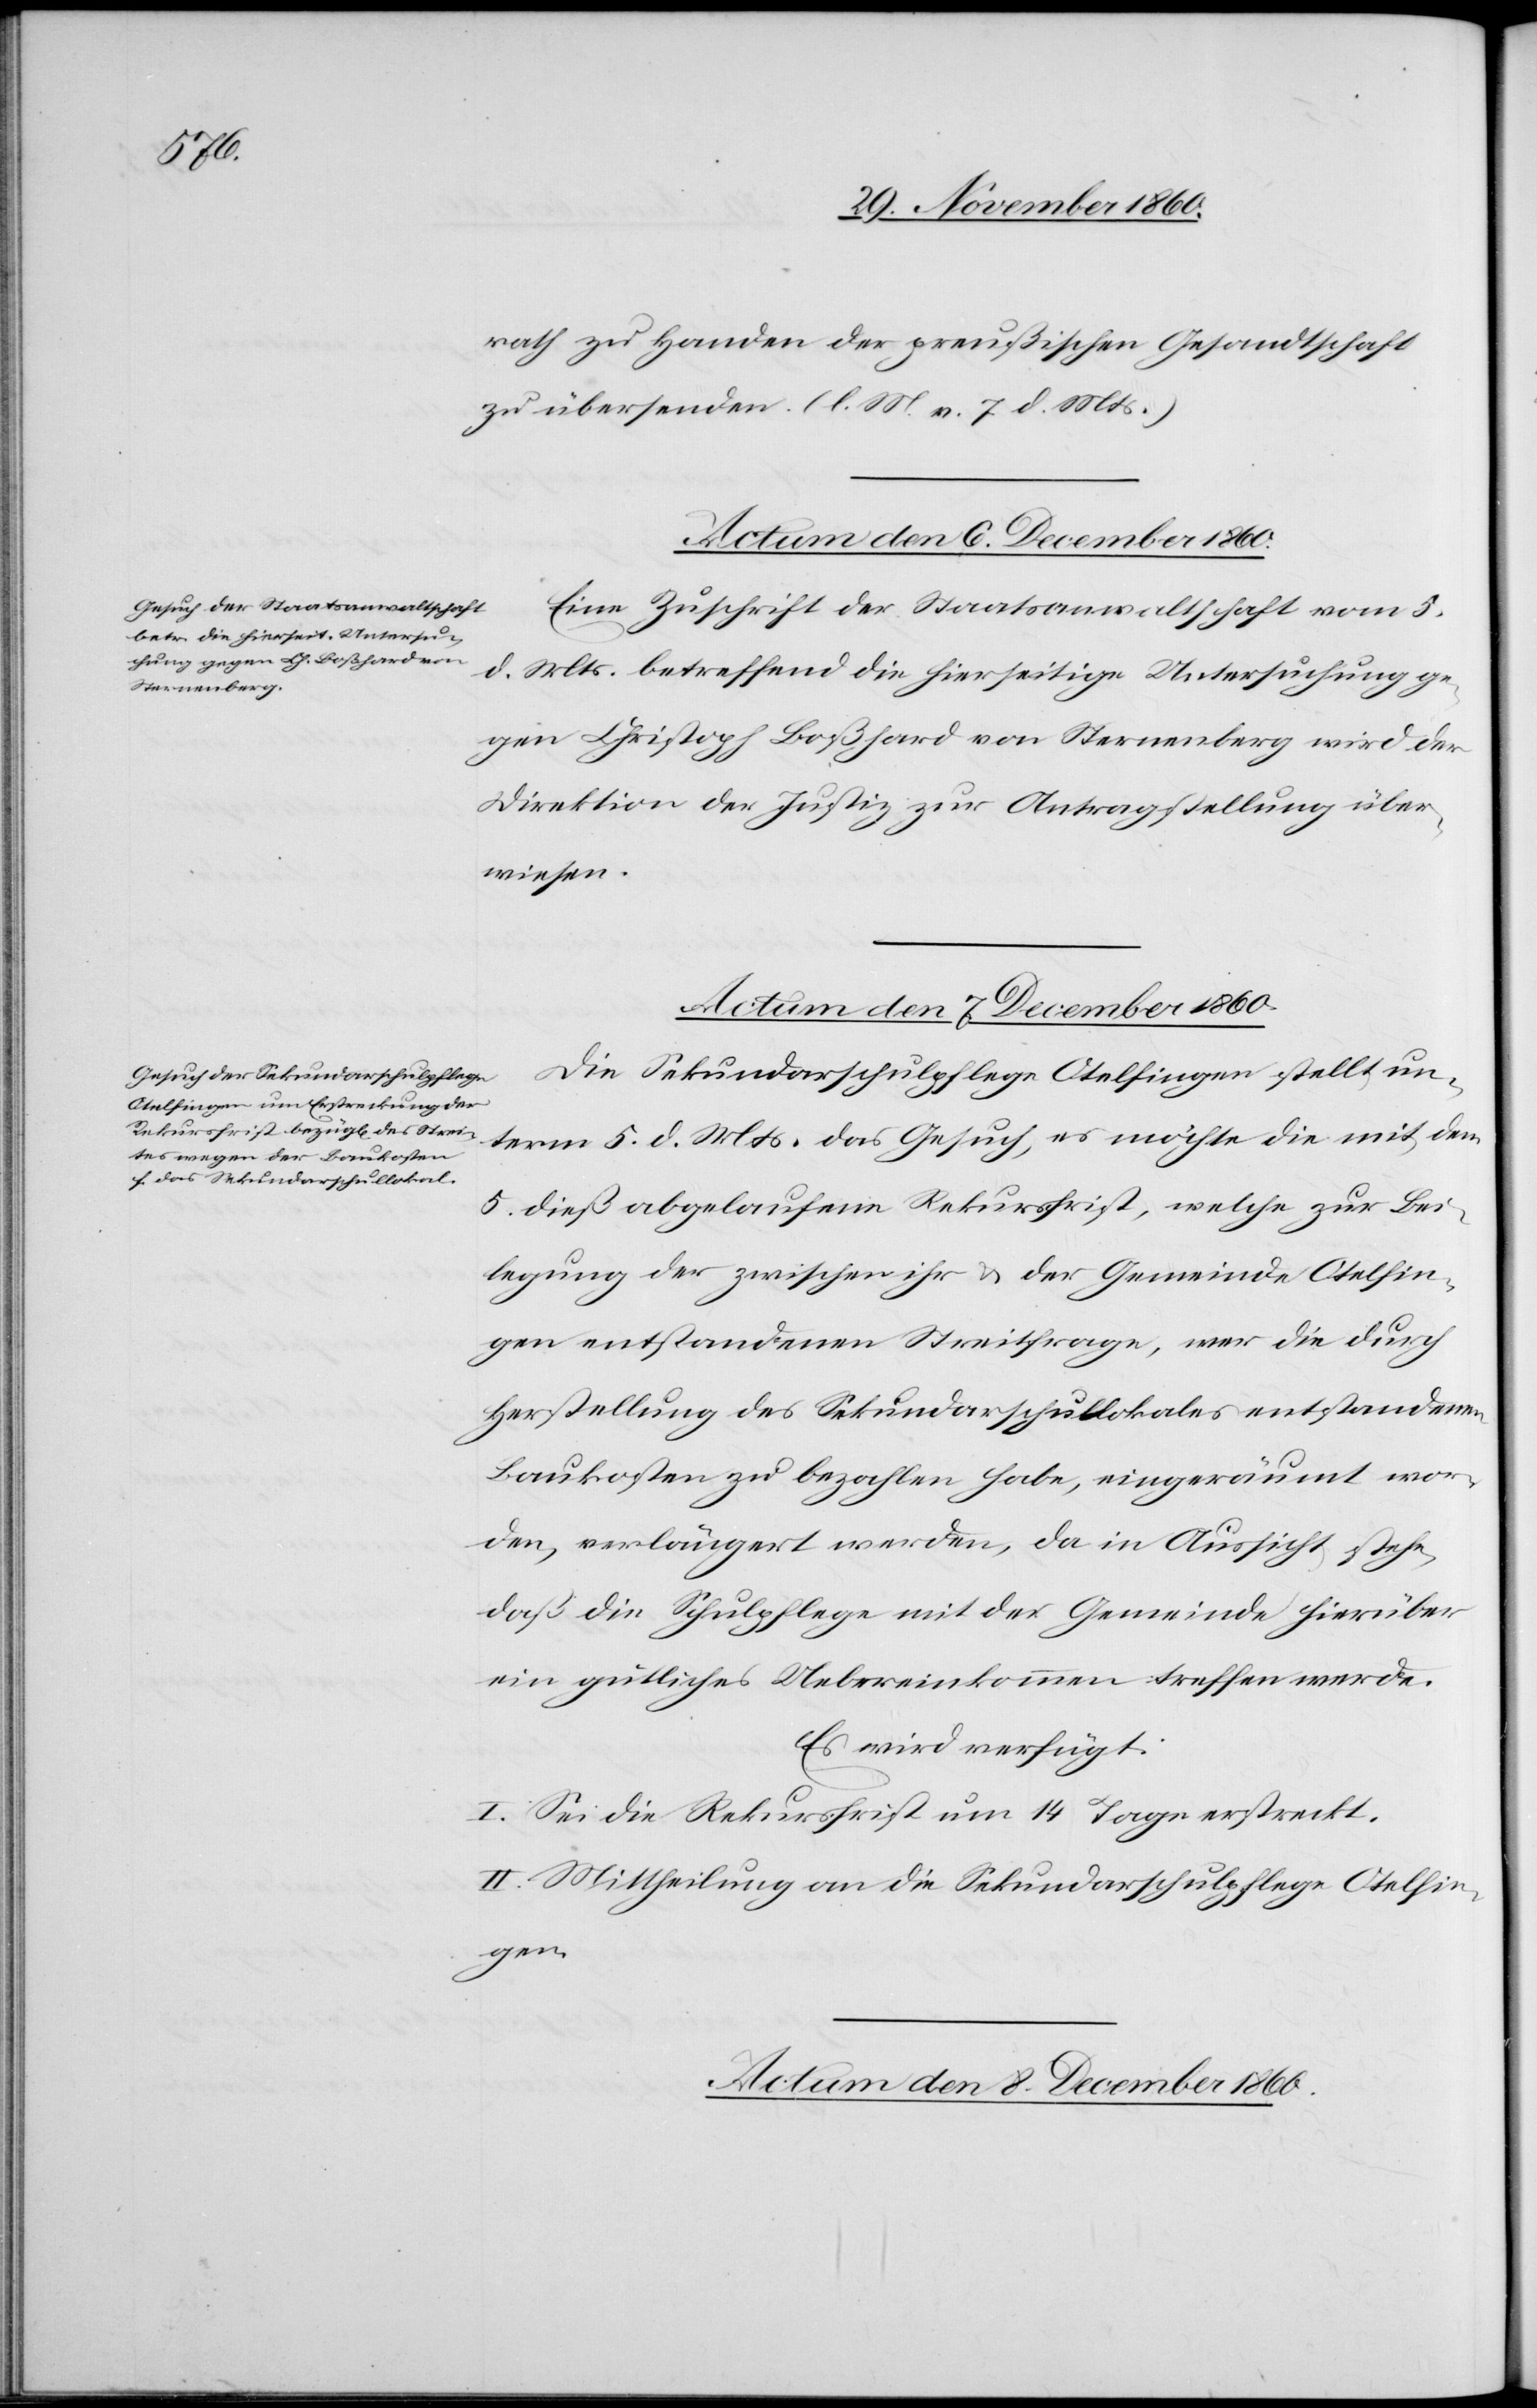
rath zu Handen der preußischen Gesandtschaft
zu übersenden. (l. M. v. 7. d. Mts.)
Eine Zuschrift der Staatsanwaltschaft vom 5.
d. Mts. betreffend die hierseitige Untersuchung ge¬
gen Christoph Boßhard von Sternenberg wird der
Direktion der Justiz zur Antragstellung über¬
wiesen.
Actum den 7. December 1860.
Die Sekundarschulpflege Otelfingen stellt un¬
term 5. d. Mts. das Gesuch, es möchte die mit dem
5. dieß abgelaufene Rekursfrist, welche zur Bei¬
legung der zwischen ihr u. der Gemeinde Otelfin¬
gen entstandenen Streifrage, wer die durch
Herstellung des Sekundarschullokales entstandenen
Baukosten zu bezahlen habe, eingeräumt wor¬
den, verlängert werden, da in Aussicht stehe,
daß die Schulpflege mit der Gemeinde hierüber
ein gütliches Uebereinkommen treffen werde.
Es wird verfügt.
I. Sei die Rekursfrist um 14 Tage erstreckt.
II. Mittheilung an die Sekundarschulpflege Otelfin¬
gen.
Actum den 8. December 1860.